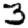
Digit: 3